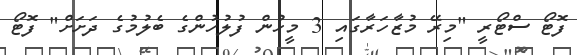
ފޮޓޯ ސްޓޯރީ "މިރޭ މުޒާހަރާގައި 3 މީހުން ފުލުހުންގެ ބެލުމުގެ ދަށަށް" ފޮޓޯ